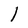
Character: l